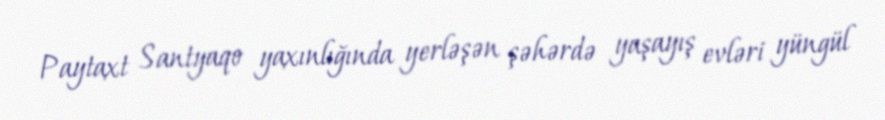
Paytaxt Santyaqo yaxınlığında yerləşən şəhərdə yaşayış evləri yüngül